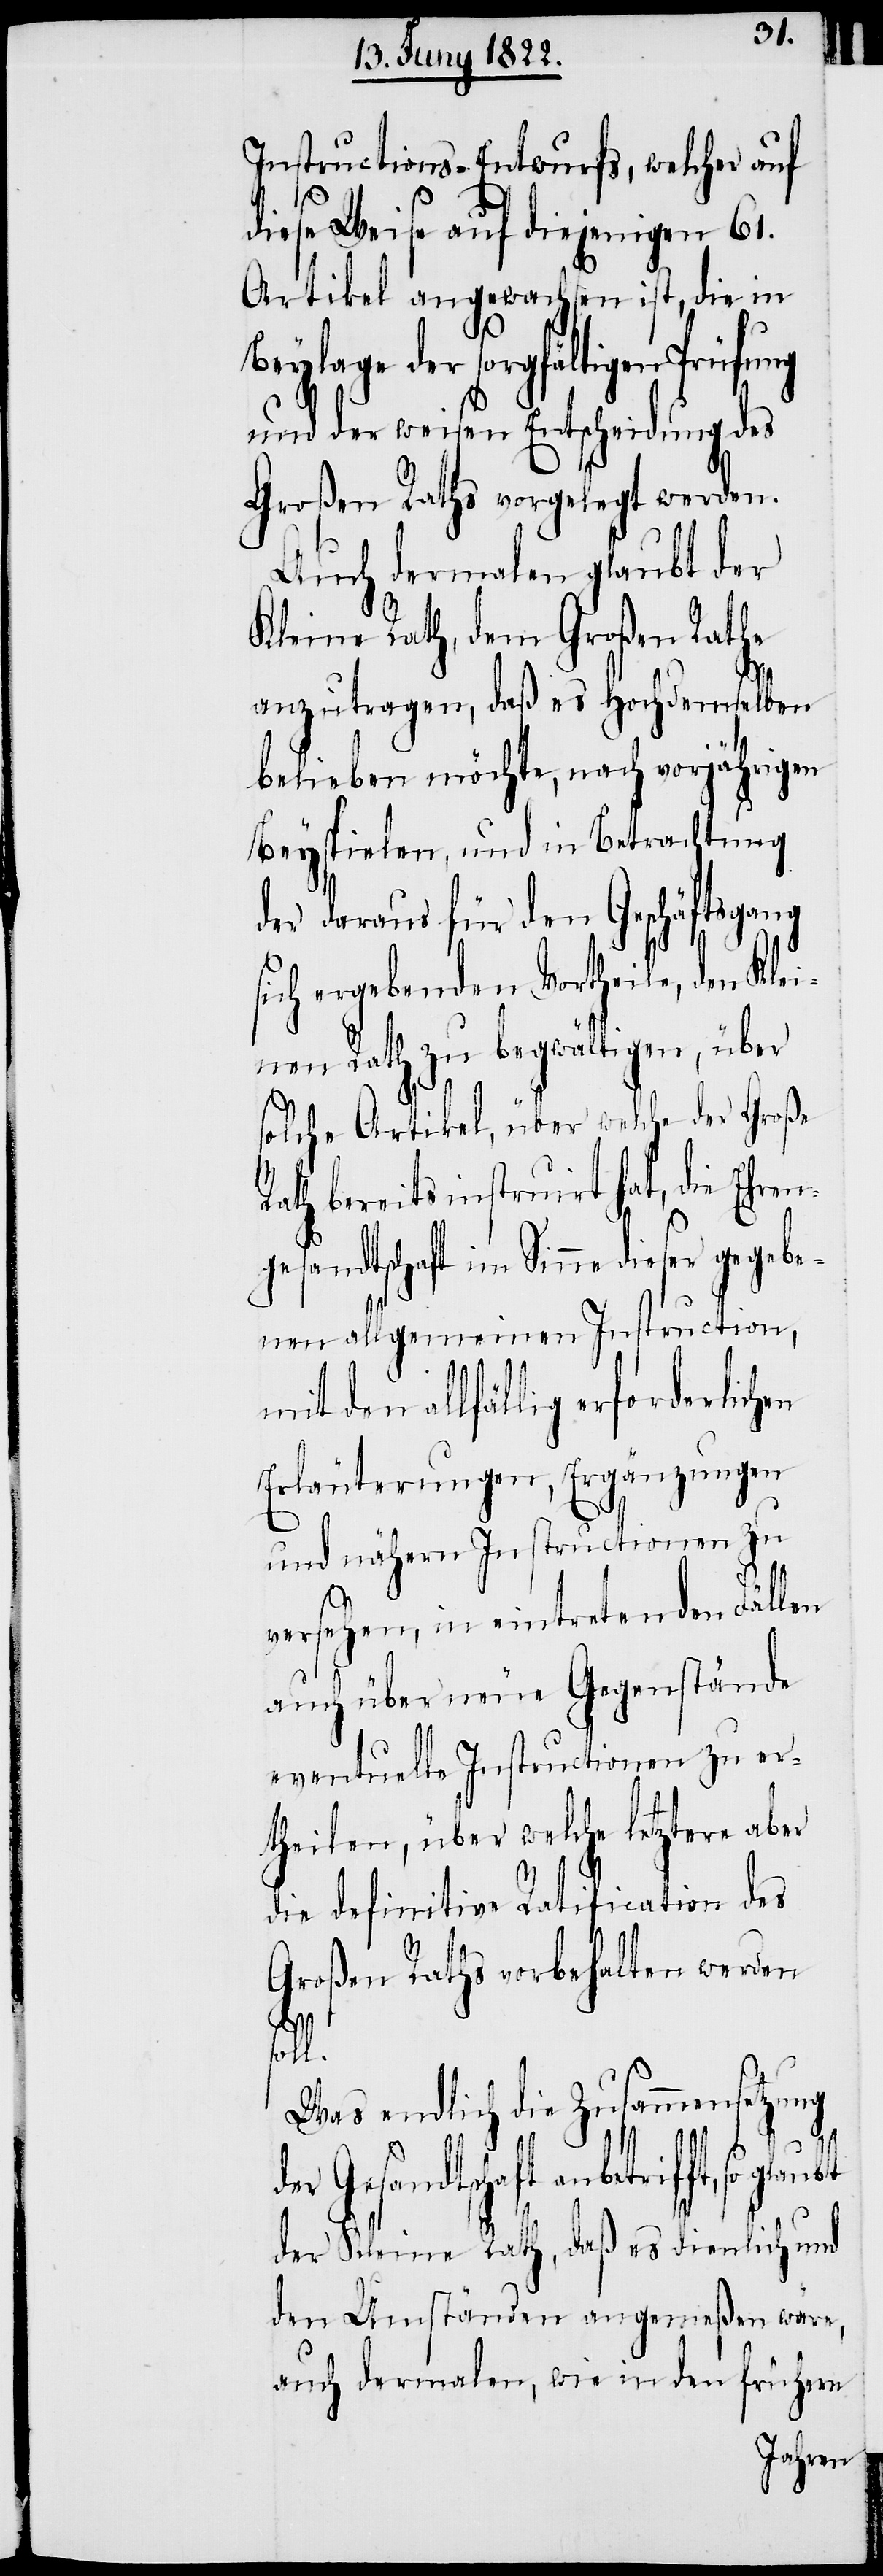
Instructions-Entwurfs, welcher auf
diese Weise auf diejenigen 61.
Artikel angewachsen ist, die in
Beylage der sorgfältigen Prüfung
und der weisen Entscheidung des
Großen Raths vorgelegt werden.
Auch dermalen glaubt der
Kleine Rath, dem Großen Rathe
anzutragen, daß es Hochdemselben
belieben möchte, nach vorjährigen
Beyspielen, und in Betrachtung
der daraus für den Geschäftsgang
sich ergebenden Vortheile, den Kle¬
inen Rath zu begwältigen, über
solche Artikel, über welche der Große
Rath bereits instruirt hat, die Ehren¬
gesandtschaft im Sinne dieser gegebe¬
nen allgemeinen Instruction,
den allfällig erforderlichen
Erläuterungen, Ergänzungen
und näheren Instructionen zu
versehen, in eintretenden Fällen
auch über neue Gegenstände
eventuelle Instructionen zu er¬
theilen, über welche letztere aber
die definitive Ratification des
Großen Raths vorbehalten werden
soll.
Was endlich die Zusammensetzung
der Gesandtschaft anbetrifft,
der Kleine Rath, daß es dienlich und
den Umständen angemeßen wäre,
auch dermalen, wie in den frühern